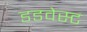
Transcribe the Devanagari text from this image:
डडवेस्ट